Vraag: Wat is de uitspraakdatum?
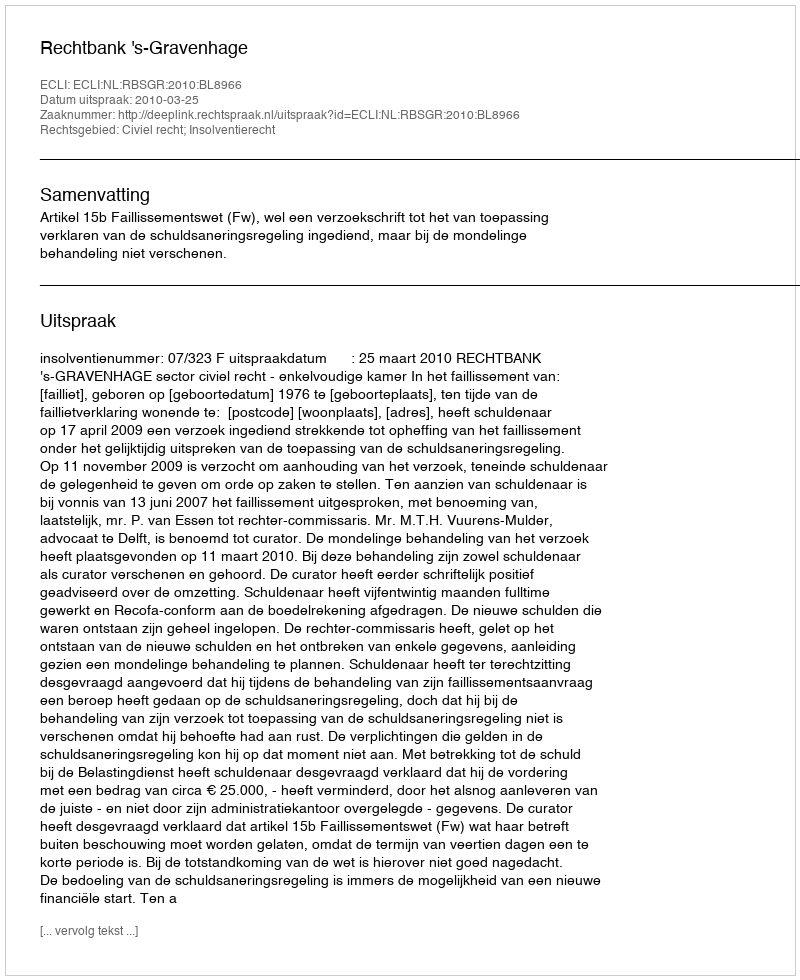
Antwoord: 2010-03-25